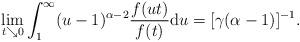
LaTeX: \begin{align*}\lim_{t \searrow 0}\int_{1}^{\infty }(u-1)^{\alpha -2}\frac{f(ut)}{f(t)}\mathrm{d}u=[\gamma (\alpha -1)]^{-1}. \end{align*}